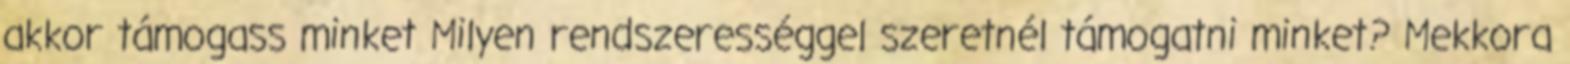
akkor támogass minket Milyen rendszerességgel szeretnél támogatni minket? Mekkora